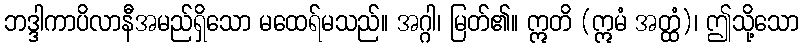
ဘဒ္ဒါကာပိလာနီအမည်ရှိသော မထေရ်မသည်။ အဂ္ဂါ၊ မြတ်၏။ ဣတိ (ဣမံ အတ္ထံ)၊ ဤသို့သော